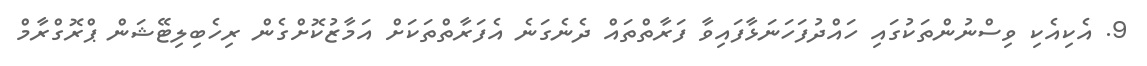
9. އެކިއެކި ވިސްނުންތަކުގައި ހައްދުފަހަނަޅާފައިވާ ފަރާތްތައް ދެނެގަނެ އެފަރާތްތަކަށް އަމާޒުކޮށްގެން ރިހެބިލިޓޭޝަން ޕްރޮގްރާމް